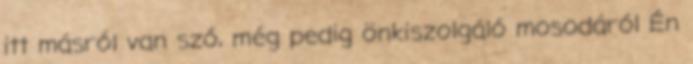
itt másról van szó, még pedig önkiszolgáló mosodáról Én